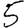
Digit: 5